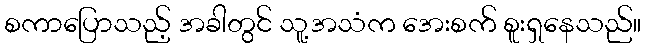
စကာပြောသည့် အခါတွင် သူ့အသံက အေးစက် စူးရှနေသည်။